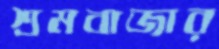
শ্রমবাজার